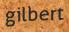
gilbert